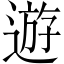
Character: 遊